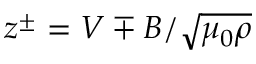
z ^ { \pm } = \boldsymbol { V } \mp \boldsymbol { B } / \sqrt { \mu _ { 0 } \rho }